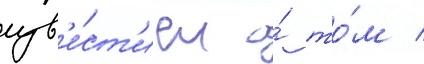
изв'е́ст'ием о́ то́м /